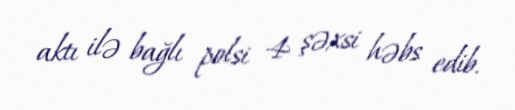
aktı ilə bağlı polsi 4 şəxsi həbs edib.